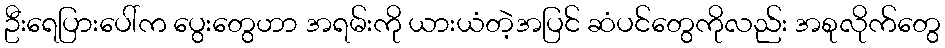
ဦးရေပြားပေါ်က ပွေးတွေဟာ အရမ်းကို ယားယံတဲ့အပြင် ဆံပင်တွေကိုလည်း အစုလိုက်တွေ